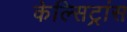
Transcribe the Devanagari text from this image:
केल्सिट्रांस